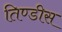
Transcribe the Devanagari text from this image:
तिण्डीस